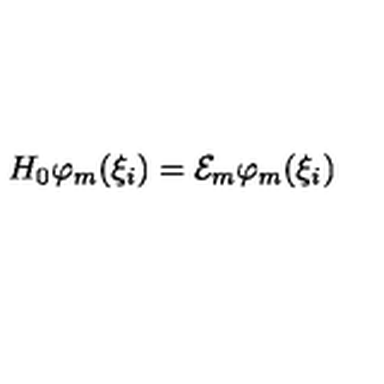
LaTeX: H _ { 0 } \varphi _ { m } ( \xi _ { i } ) = { \cal E } _ { m } \varphi _ { m } ( \xi _ { i } )